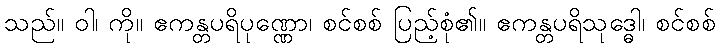
သည်။ ဝါ၊ ကို။ ဧကန္တပရိပုဏ္ဏော၊ စင်စစ် ပြည့်စုံ၏။ ဧကန္တပရိသုဒ္ဓေါ၊ စင်စစ်